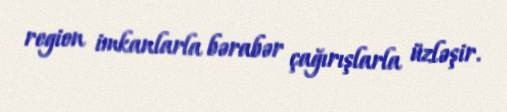
region imkanlarla bərabər çağırışlarla üzləşir.